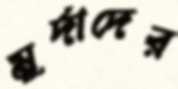
মুর্দাদের